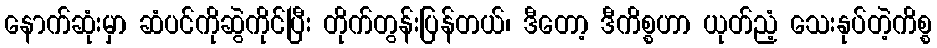
နောက်ဆုံးမှာ ဆံပင်ကိုဆွဲကိုင်ပြီး တိုက်တွန်းပြန်တယ်၊ ဒီတော့ ဒီကိစ္စဟာ ယုတ်ညံ့ သေးနုပ်တဲ့ကိစ္စ